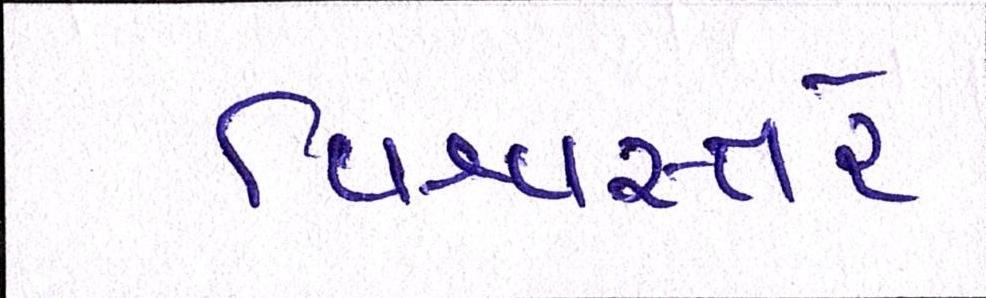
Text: વિશ્વસ્તરે